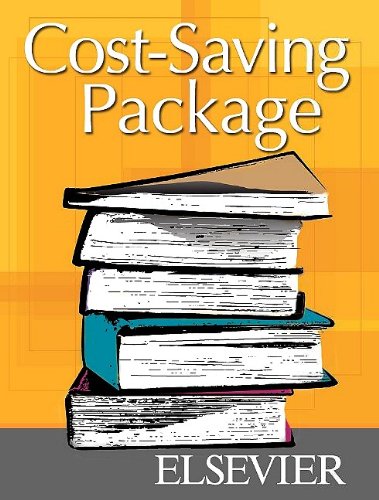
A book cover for Mosby's Essentials for Nursing Assistants - Text, Workbook and Mosby's Nursing Assistant Skills DVD - Student Version 3.0 Package, 4e; Sheila A. Sorrentino; Medical Books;